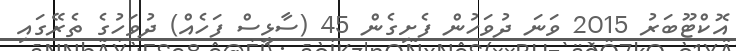
އޮކްޓޫބަރު 2015 ވަނަ ދުވަހުން ފެށިގެން 45 (ސާޅީސް ފަހެއް) ދުވަހުގެ ތެރޭގައި